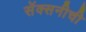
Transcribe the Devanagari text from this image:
सॅक्सनीची